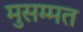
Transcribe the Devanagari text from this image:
मुसम्मत